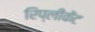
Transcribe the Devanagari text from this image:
रिप्लीकेंट